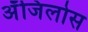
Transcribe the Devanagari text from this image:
अँजिलोस